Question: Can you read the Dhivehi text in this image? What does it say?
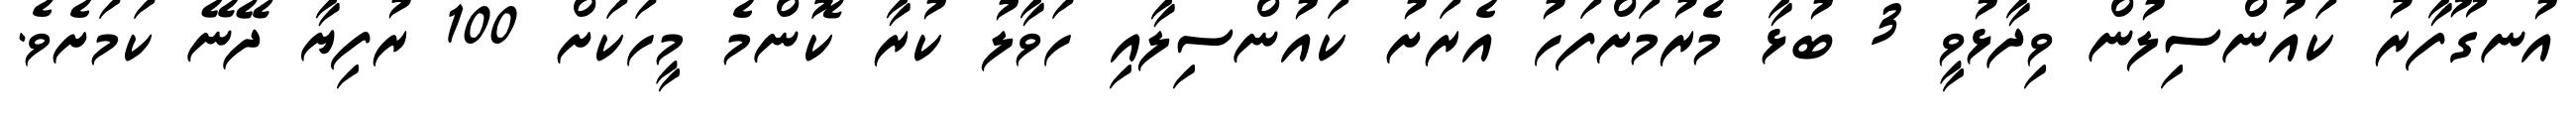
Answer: އުނގޫފާރު ކައުންސިލުން ވިދާޅުވީ 3 ބުޅާ މެރުމަށްފަހު އެރަށު ކައުންސިލާއި ހަވާލު ކުރާ ކޮންމެ މީހަކަށް 100 ރުފިޔާ ދޭނޭ ކަމަށެވެ.